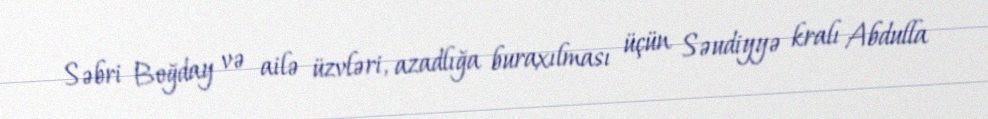
Səbri Boğday və ailə üzvləri, azadlığa buraxılması üçün Səudiyyə kralı Abdulla